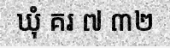
ឃុំ គរ ៧ ៣២